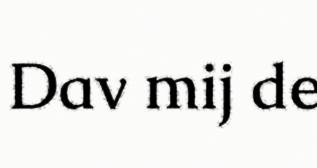
Dav mij de